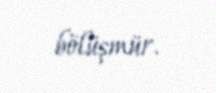
bölüşmür.